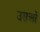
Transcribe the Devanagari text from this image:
उराओं